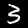
Label: 3